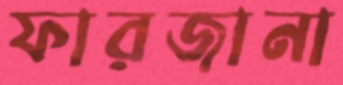
ফারজানা